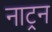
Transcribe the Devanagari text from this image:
नाट्रन